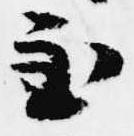
至